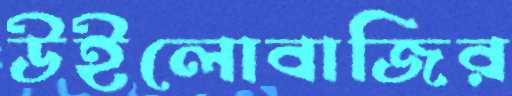
উইলোবাজির